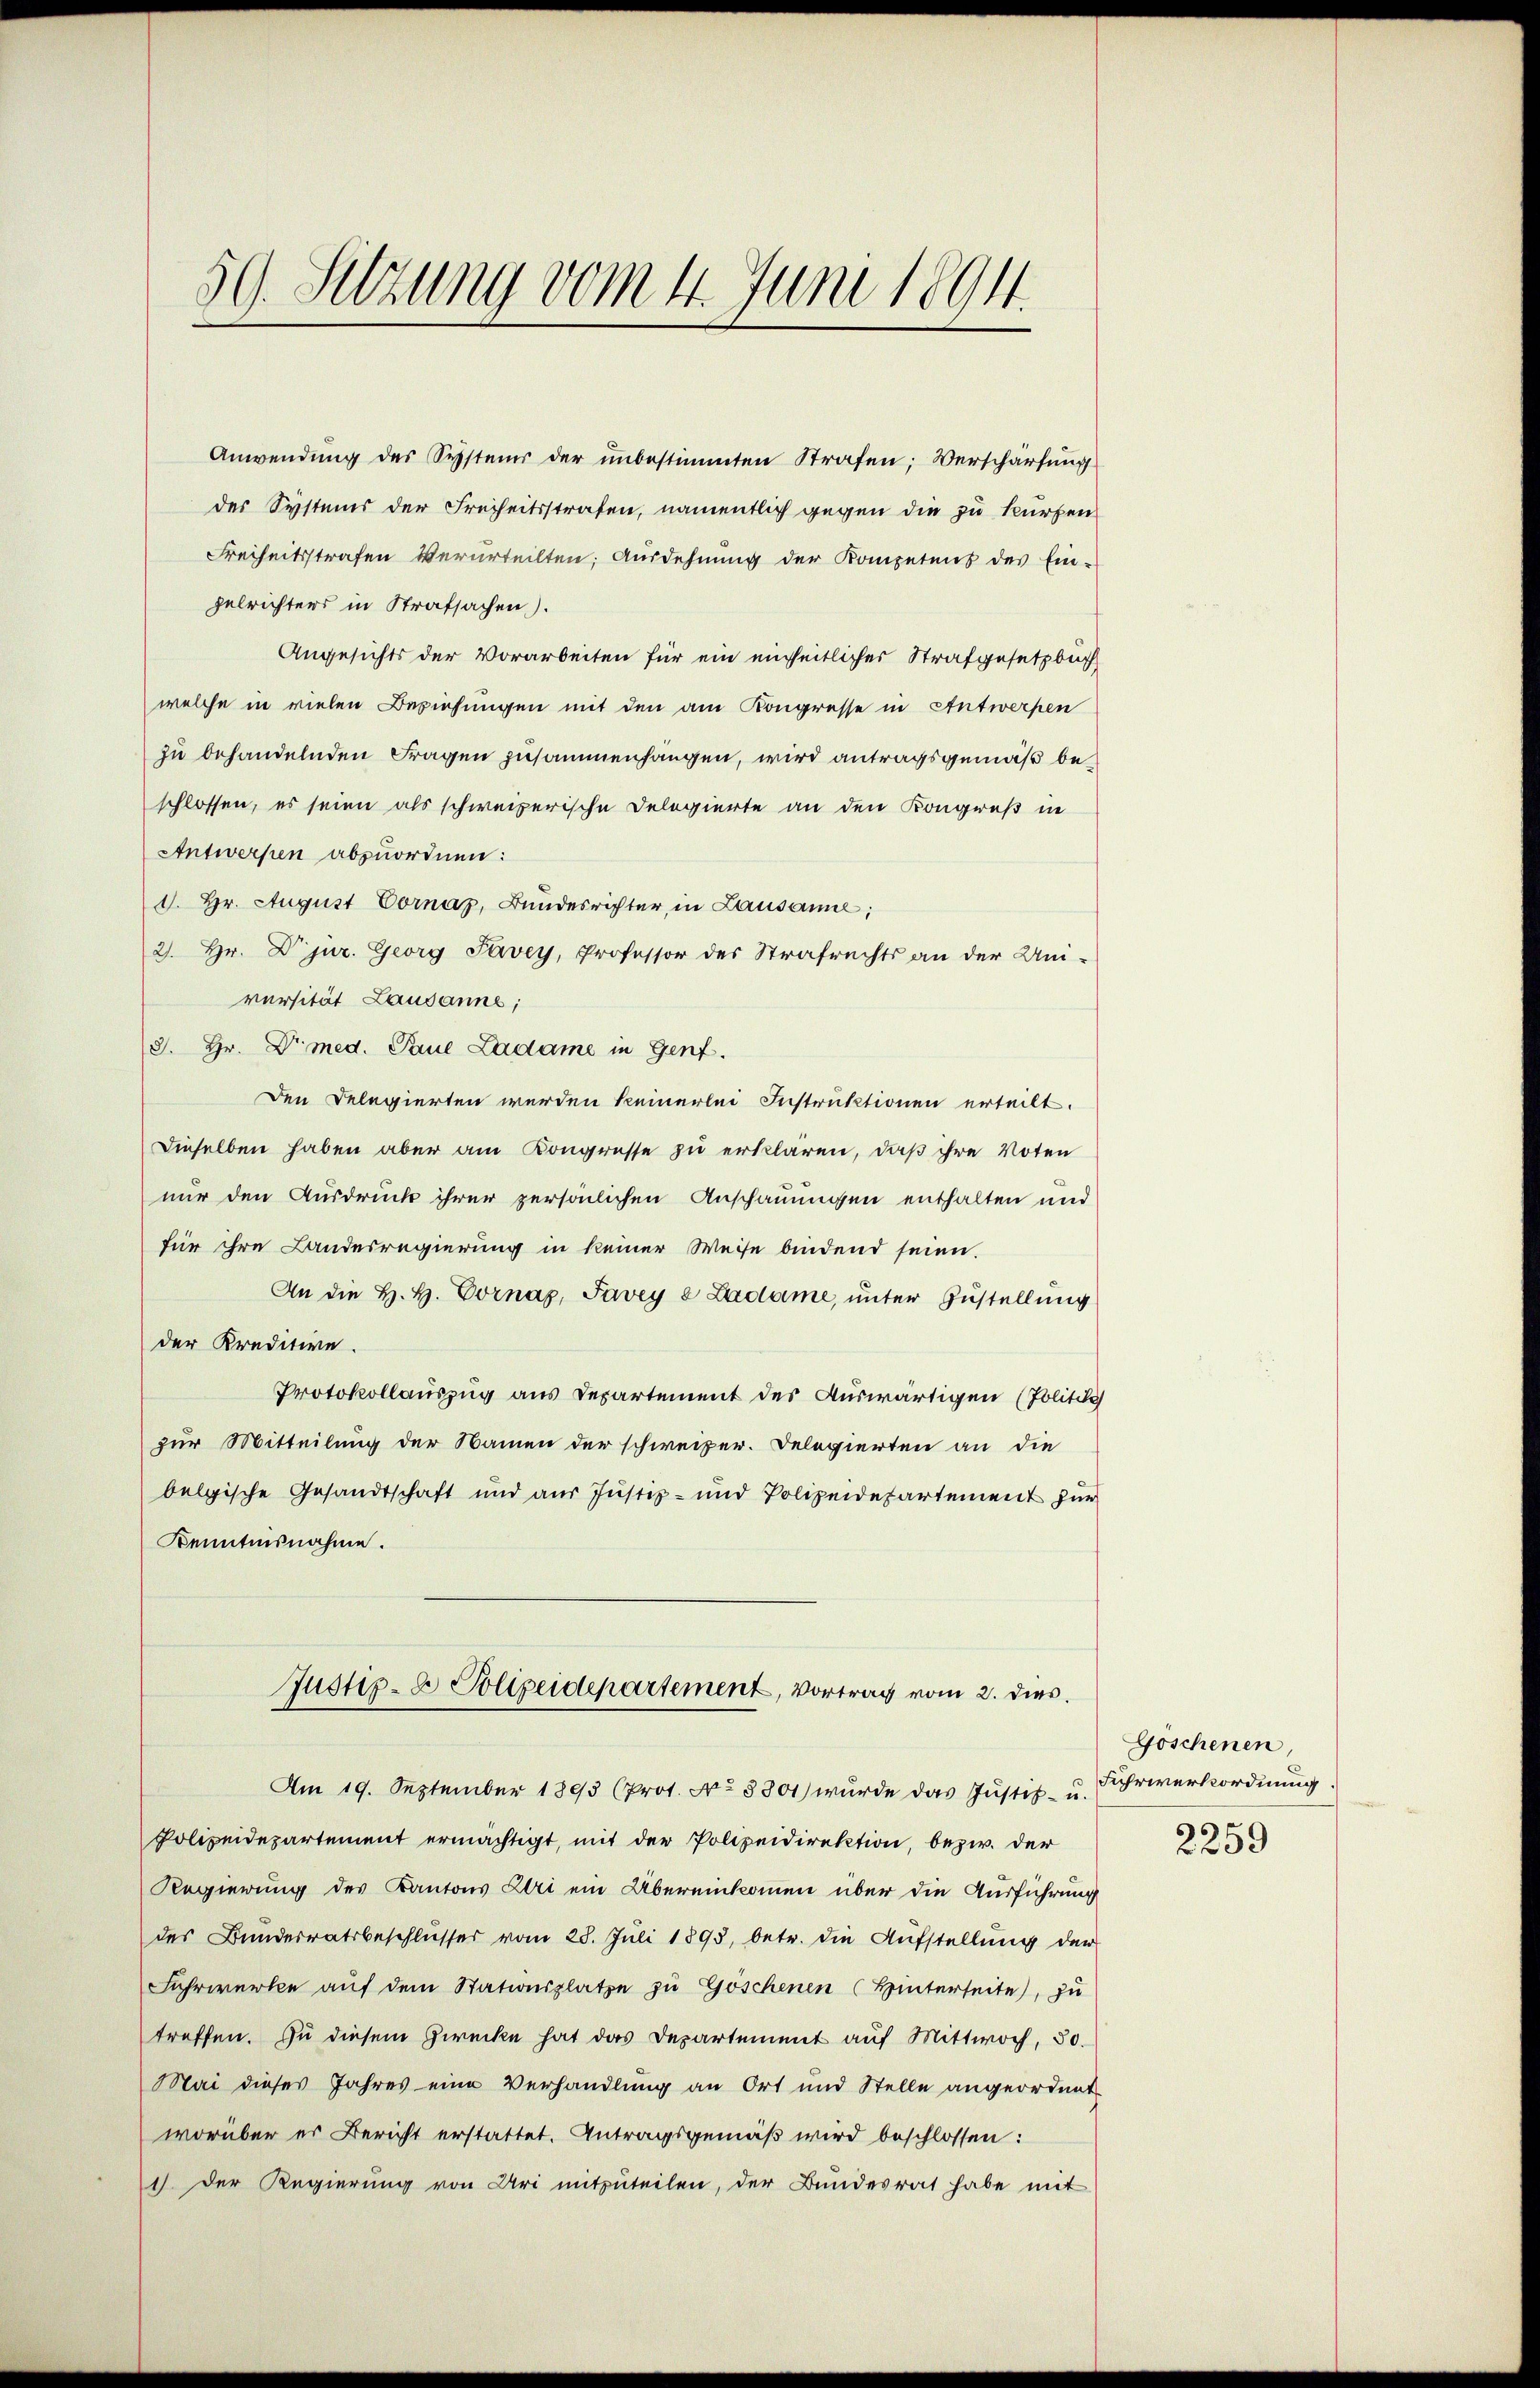
59. Sitzung vom 4. Juni 1894.

Anwendung des Systems der unbestimmten Strafen; Verschärfung
des Systems der Freiheitsstrafen, namentlich gegen die zu kurzen
Freiheitsstrafen verurteilten; Ausdehnung der Kompetens des Ein-
zelrichters in Strafsachen).
Angesichts der Vorarbeiten für ein einheitlicher Strafgesetzbuch
welche in vielen Beziehungen mit den am Kongresse in Antwerpen
zu behandelnden Fragen zusammenhängen, wird antragsgemäß beschlossen, es seien als schweizerische Delegierte an den Kongreß in
Antwerpen abzuordnen:
1. Hr. August Cornaz, Bundesrichter, in Lausanne;
2). Hr. Dr jur. Georg Pavey, Professor des Strafrechts an der Uni-
versität Lausanne;
(S. Hr. Dr. med. Paul Ladame in Genf.
Den Delegierten werden keinerlei Instruktionen erteilt.
Dieselben haben aber am Kongresse zu erklären, daß ihre Voten
nur den Ausdruck ihrer persönlichen Anschauungen enthalten und
für ihre Landesregierung in keiner Weise bindend seien.
An die H. H. Cornaz, Pavey e Ladame, unter Zustellung
der Kreditive.
Protokollauszug aus Departement des Auswärtigen (Politic
zur Mitteilung der Namen der schweizer. Delegierten an die
belgische Gesandtschaft und aus Justiz- und Polizeidepartement für
Kenntnisnahme.
Justiz- & Polizeidepartement, Vortrag vom 2. dies
Am 19. September 1893 (Prot. No 8801) wurde das Justiz- u. Lehrwerkordnung
Polizeidepartement ermächtigt, mit der Polizeidirektion, bezw. der
Regierung des Kantons Uri ein Übereinkommen über die Ausführung
des Bundesratsbeschlusser vom 28. Juli 1895, betr. die Aufstellung der
Fahrwerke auf dem Stationsplatze zu Göschenen (Hinterseite), zu
treffen. Zu diesem Zwecke hat das Departement auf Mittwoch, 30.
Mai dieses Jahres eine Verhandlung an Ort und Stelle angeordnet
worüber er Bericht erstattet. Antragsgemäß wird beschlossen:
1). Der Regierung von Uri mitzuteilen, der Bundesrat habe mit

Göschenen,
2259